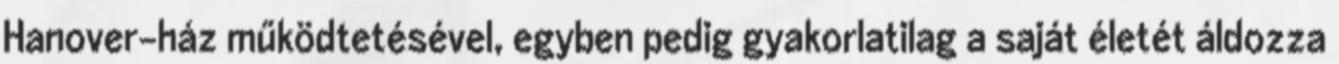
Hanover-ház működtetésével, egyben pedig gyakorlatilag a saját életét áldozza